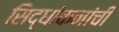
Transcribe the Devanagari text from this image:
सिद्धांकनांची